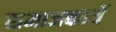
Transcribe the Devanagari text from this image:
समाजकार्ये